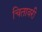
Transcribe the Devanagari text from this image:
चितावरी